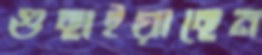
গুছাইয়াছেন